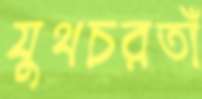
যুথচরতাঁ